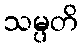
သမ္ပတိ